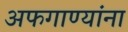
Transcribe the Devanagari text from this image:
अफगाण्यांना